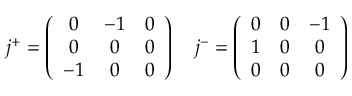
j ^ { + } = \left( \begin{array} { c c c } { { 0 } } & { { - 1 } } & { { 0 } } \\ { { 0 } } & { { 0 } } & { { 0 } } \\ { { - 1 } } & { { 0 } } & { { 0 } } \end{array} \right) ~ ~ ~ j ^ { - } = \left( \begin{array} { c c c } { { 0 } } & { { 0 } } & { { - 1 } } \\ { { 1 } } & { { 0 } } & { { 0 } } \\ { { 0 } } & { { 0 } } & { { 0 } } \end{array} \right)